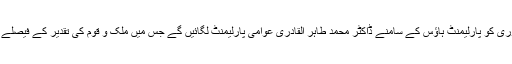
14 جنوری کو پارلیمنٹ ہاؤس کے سامنے ڈاکٹر محمد طاہر القادری عوامی پارلیمنٹ لگائیں گے جس میں ملک و قوم کی تقدیر کے فیصلے ہونگے۔